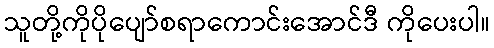
သူတို့ကိုပိုပျော်စရာကောင်းအောင်ဒီ ကိုပေးပါ။